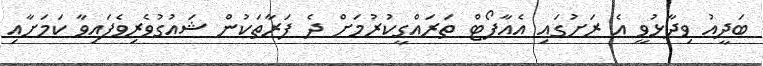
ބަދީއު ވިދާޅުވީ އެ ރަށުގައި އެއާޕޯޓް ތަރައްގީކުރުމަށް ދެ ފަރާތަކުން ޝައުގުވެރިވެފައިވާ ކަމަށާއި